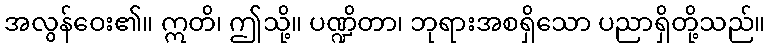
အလွန်ဝေး၏။ ဣတိ၊ ဤသို့။ ပဏ္ဍိတာ၊ ဘုရားအစရှိသော ပညာရှိတို့သည်။